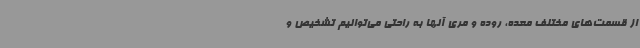
از قسمت‌های مختلف معده، روده و مری آنها به راحتی می‌توانیم تشخیص و